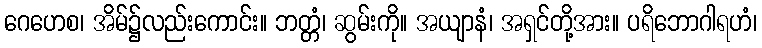
ဂေဟေစ၊ အိမ်၌လည်းကောင်း။ ဘတ္တံ၊ ဆွမ်းကို။ အယျာနံ၊ အရှင်တို့အား။ ပရိဘောဂါရဟံ၊